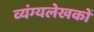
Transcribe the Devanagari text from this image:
व्यंग्यलेखकों